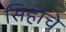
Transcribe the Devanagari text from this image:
सिहाचे